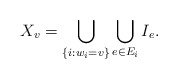
\begin{align*}X_{v} = \bigcup_{\{i: w_i=v\}} \bigcup_{e \in E_i} I_e. \end{align*}